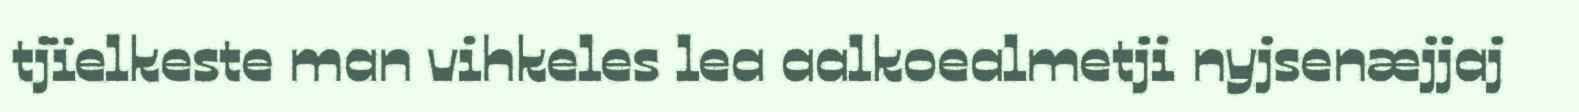
tjïelkeste man vihkeles lea aalkoealmetji nyjsenæjjaj